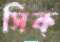
সিক্